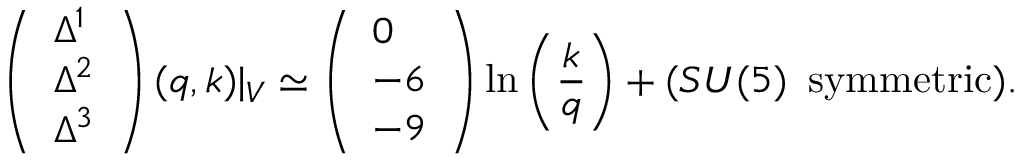
\left( \begin{array} { l } { { \Delta ^ { 1 } } } \\ { { \Delta ^ { 2 } } } \\ { { \Delta ^ { 3 } } } \end{array} \right) ( q , k ) | _ { \cal V } \simeq \left( \begin{array} { l } { { 0 } } \\ { { - 6 } } \\ { { - 9 } } \end{array} \right) \ln \left( \frac { k } { q } \right) + ( S U ( 5 ) \, \, \, \mathrm { s y m m e t r i c } ) .